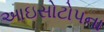
આઇસોટોપના